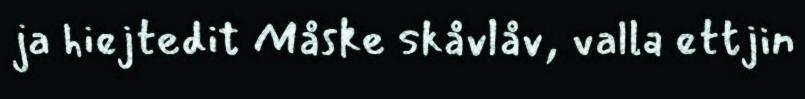
ja hiejtedit Måske skåvlåv, valla ettjin